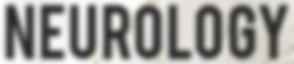
NEUROLOGY